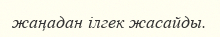
жаңадан ілгек жасайды.